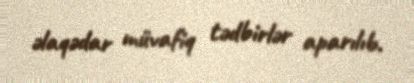
əlaqədar müvafiq tədbirlər aparılıb.